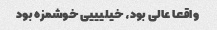
واقعا عالی بود، خیلیییی خوشمزه بود